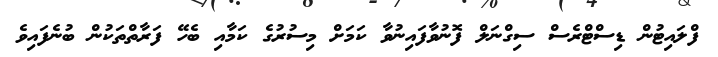
ފްލައިޓުން ޑިސްޓްރެސް ސިގްނަލް ފޮނުވާފައިނުވާ ކަމަށް މިސުރުގެ ކަމާއި ބެހޭ ފަރާތްތަކުން ބުނެފައިވެ